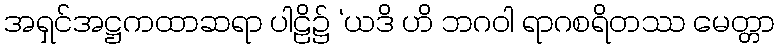
အရှင်အဋ္ဌကထာဆရာ ပါဠိ၌ ‘ယဒိ ဟိ ဘဂဝါ ရာဂစရိတဿ မေတ္တာ